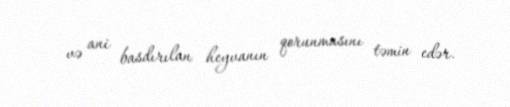
və ani basdırılan heyvanın qorunmasını təmin edər.